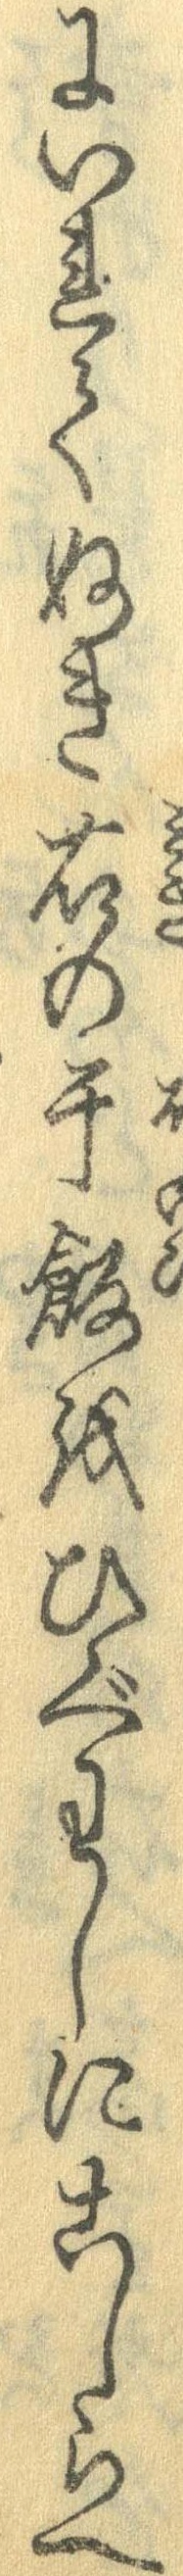
にいれてぬき右の干飯をひぐわしにこしらへ